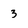
Character: 3